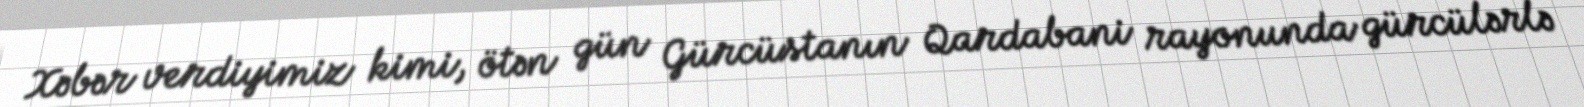
Xəbər verdiyimiz kimi, ötən gün Gürcüstanın Qardabani rayonunda gürcülərlə